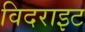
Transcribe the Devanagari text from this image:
विदराइट